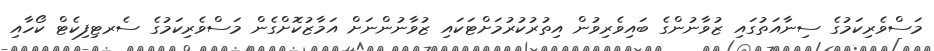
މަސްވެރިކަމުގެ ސިނާއަތުގައި ޒުވާނުންގެ ބައިވެރިވުން އިތުރުކުރުމަށްޓަކައި ޒުވާނުންނަށް އަމާޒުކޮށްގެން މަސްވެރިކަމުގެ ސެރޓިފިކެޓް ކޯހާއި